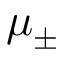
\mu _ { \pm }